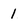
Character: 1